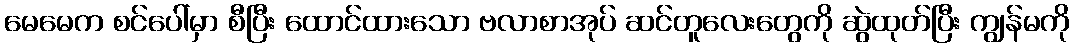
မေမေက စင်ပေါ်မှာ စီပြီး ထောင်ထားသော ဗလာစာအုပ် ဆင်တူလေးတွေကို ဆွဲထုတ်ပြီး ကျွန်မကို